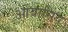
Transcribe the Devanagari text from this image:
आवासिय